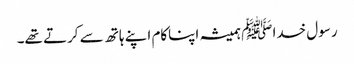
رسول خدا ﷺ ہمیشہ اپناکام اپنے ہاتھ سے کرتے تھے۔